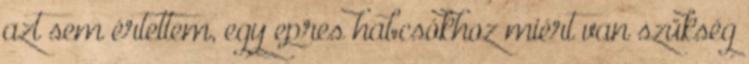
azt sem értettem, egy epres habcsókhoz miért van szükség